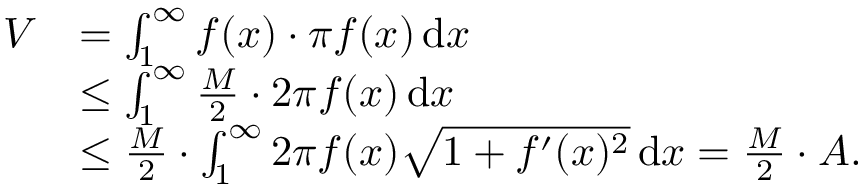
{ \begin{array} { r l } { V } & { = \int _ { 1 } ^ { \infty } f ( x ) \cdot \pi f ( x ) \, \mathrm { d } x } \\ & { \leq \int _ { 1 } ^ { \infty } { \frac { M } { 2 } } \cdot 2 \pi f ( x ) \, \mathrm { d } x } \\ & { \leq { \frac { M } { 2 } } \cdot \int _ { 1 } ^ { \infty } 2 \pi f ( x ) { \sqrt { 1 + f ^ { \prime } ( x ) ^ { 2 } } } \, \mathrm { d } x = { \frac { M } { 2 } } \cdot A . } \end{array} }